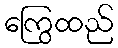
ကြွေထည်